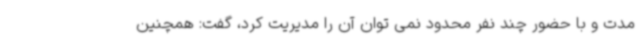
مدت و با حضور چند نفر محدود نمی توان آن را مدیریت کرد، گفت: همچنین